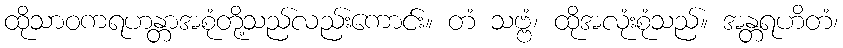
ထိုသာဝကရဟန္တာအစုံတို့သည်လည်းကောင်း။ တံ သဗ္ဗံ၊ ထိုအလုံးစုံသည်။ အန္တရဟိတံ၊